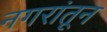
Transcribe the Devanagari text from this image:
नगरांतून